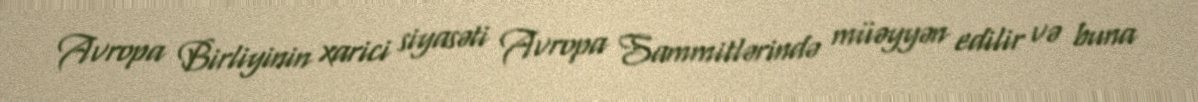
Avropa Birliyinin xarici siyasəti Avropa Sammitlərində müəyyən edilir və buna